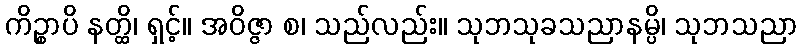
ကိဉ္စာပိ နတ္ထိ၊ ရှင့်။ အဝိဇ္ဇာ စ၊ သည်လည်း။ သုဘသုခသညာနမ္ပိ၊ သုဘသညာ